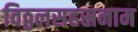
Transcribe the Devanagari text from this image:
विठ्ठलसहस्रनाम